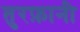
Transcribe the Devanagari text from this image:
तुरफ़ानी